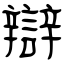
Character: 辯